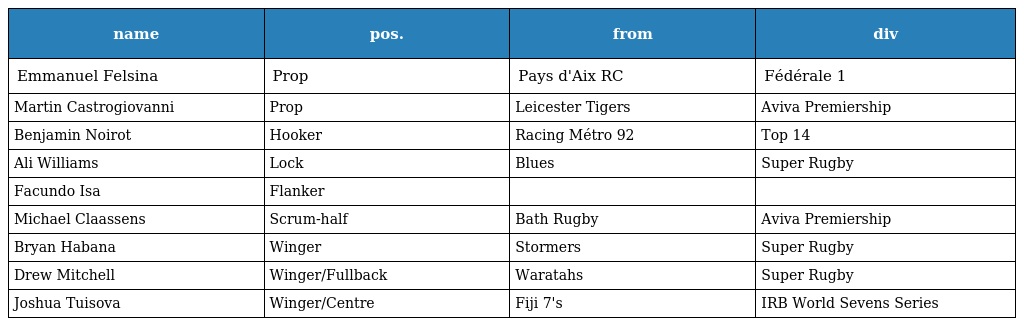
| name | pos. | from | div |
 | --- | --- | --- | --- |
 | Emmanuel Felsina | Prop | Pays d'Aix RC | Fédérale 1 |
 | Martin Castrogiovanni | Prop | Leicester Tigers | Aviva Premiership |
 | Benjamin Noirot | Hooker | Racing Métro 92 | Top 14 |
 | Ali Williams | Lock | Blues | Super Rugby |
 | Facundo Isa | Flanker |  |  |
 | Michael Claassens | Scrum-half | Bath Rugby | Aviva Premiership |
 | Bryan Habana | Winger | Stormers | Super Rugby |
 | Drew Mitchell | Winger/Fullback | Waratahs | Super Rugby |
 | Joshua Tuisova | Winger/Centre | Fiji 7's | IRB World Sevens Series |